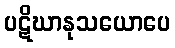
ပဋိဃာနုသယောပေ